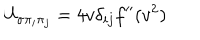
U _ { \sigma \pi _ { i } \pi _ { j } } = 4 v \delta _ { i j } f ^ { \prime \prime } ( v ^ { 2 } )